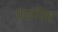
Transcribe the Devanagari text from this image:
फ्लॉपच